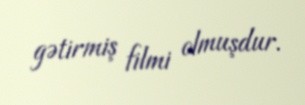
gətirmiş filmi olmuşdur.